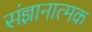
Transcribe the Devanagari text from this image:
संज्ञानात्‍मक